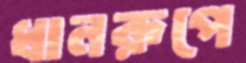
ধানরূপে